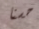
حسنا